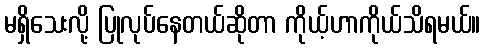
မရှိသေးလို့ ပြုလုပ်နေတယ်ဆိုတာ ကိုယ့်ဟာကိုယ်သိရမယ်။